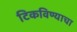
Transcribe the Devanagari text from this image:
टिकविण्याचा